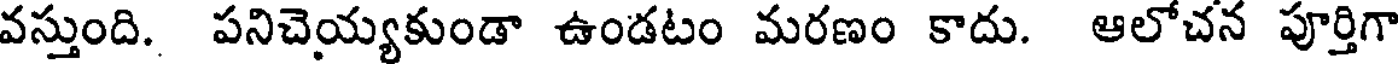
వస్తుంది. పనిచెయ్యకుండా ఉండటం మరణం కాదు. ఆలోచన పూర్తిగా